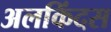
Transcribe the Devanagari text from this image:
अलकिंदस